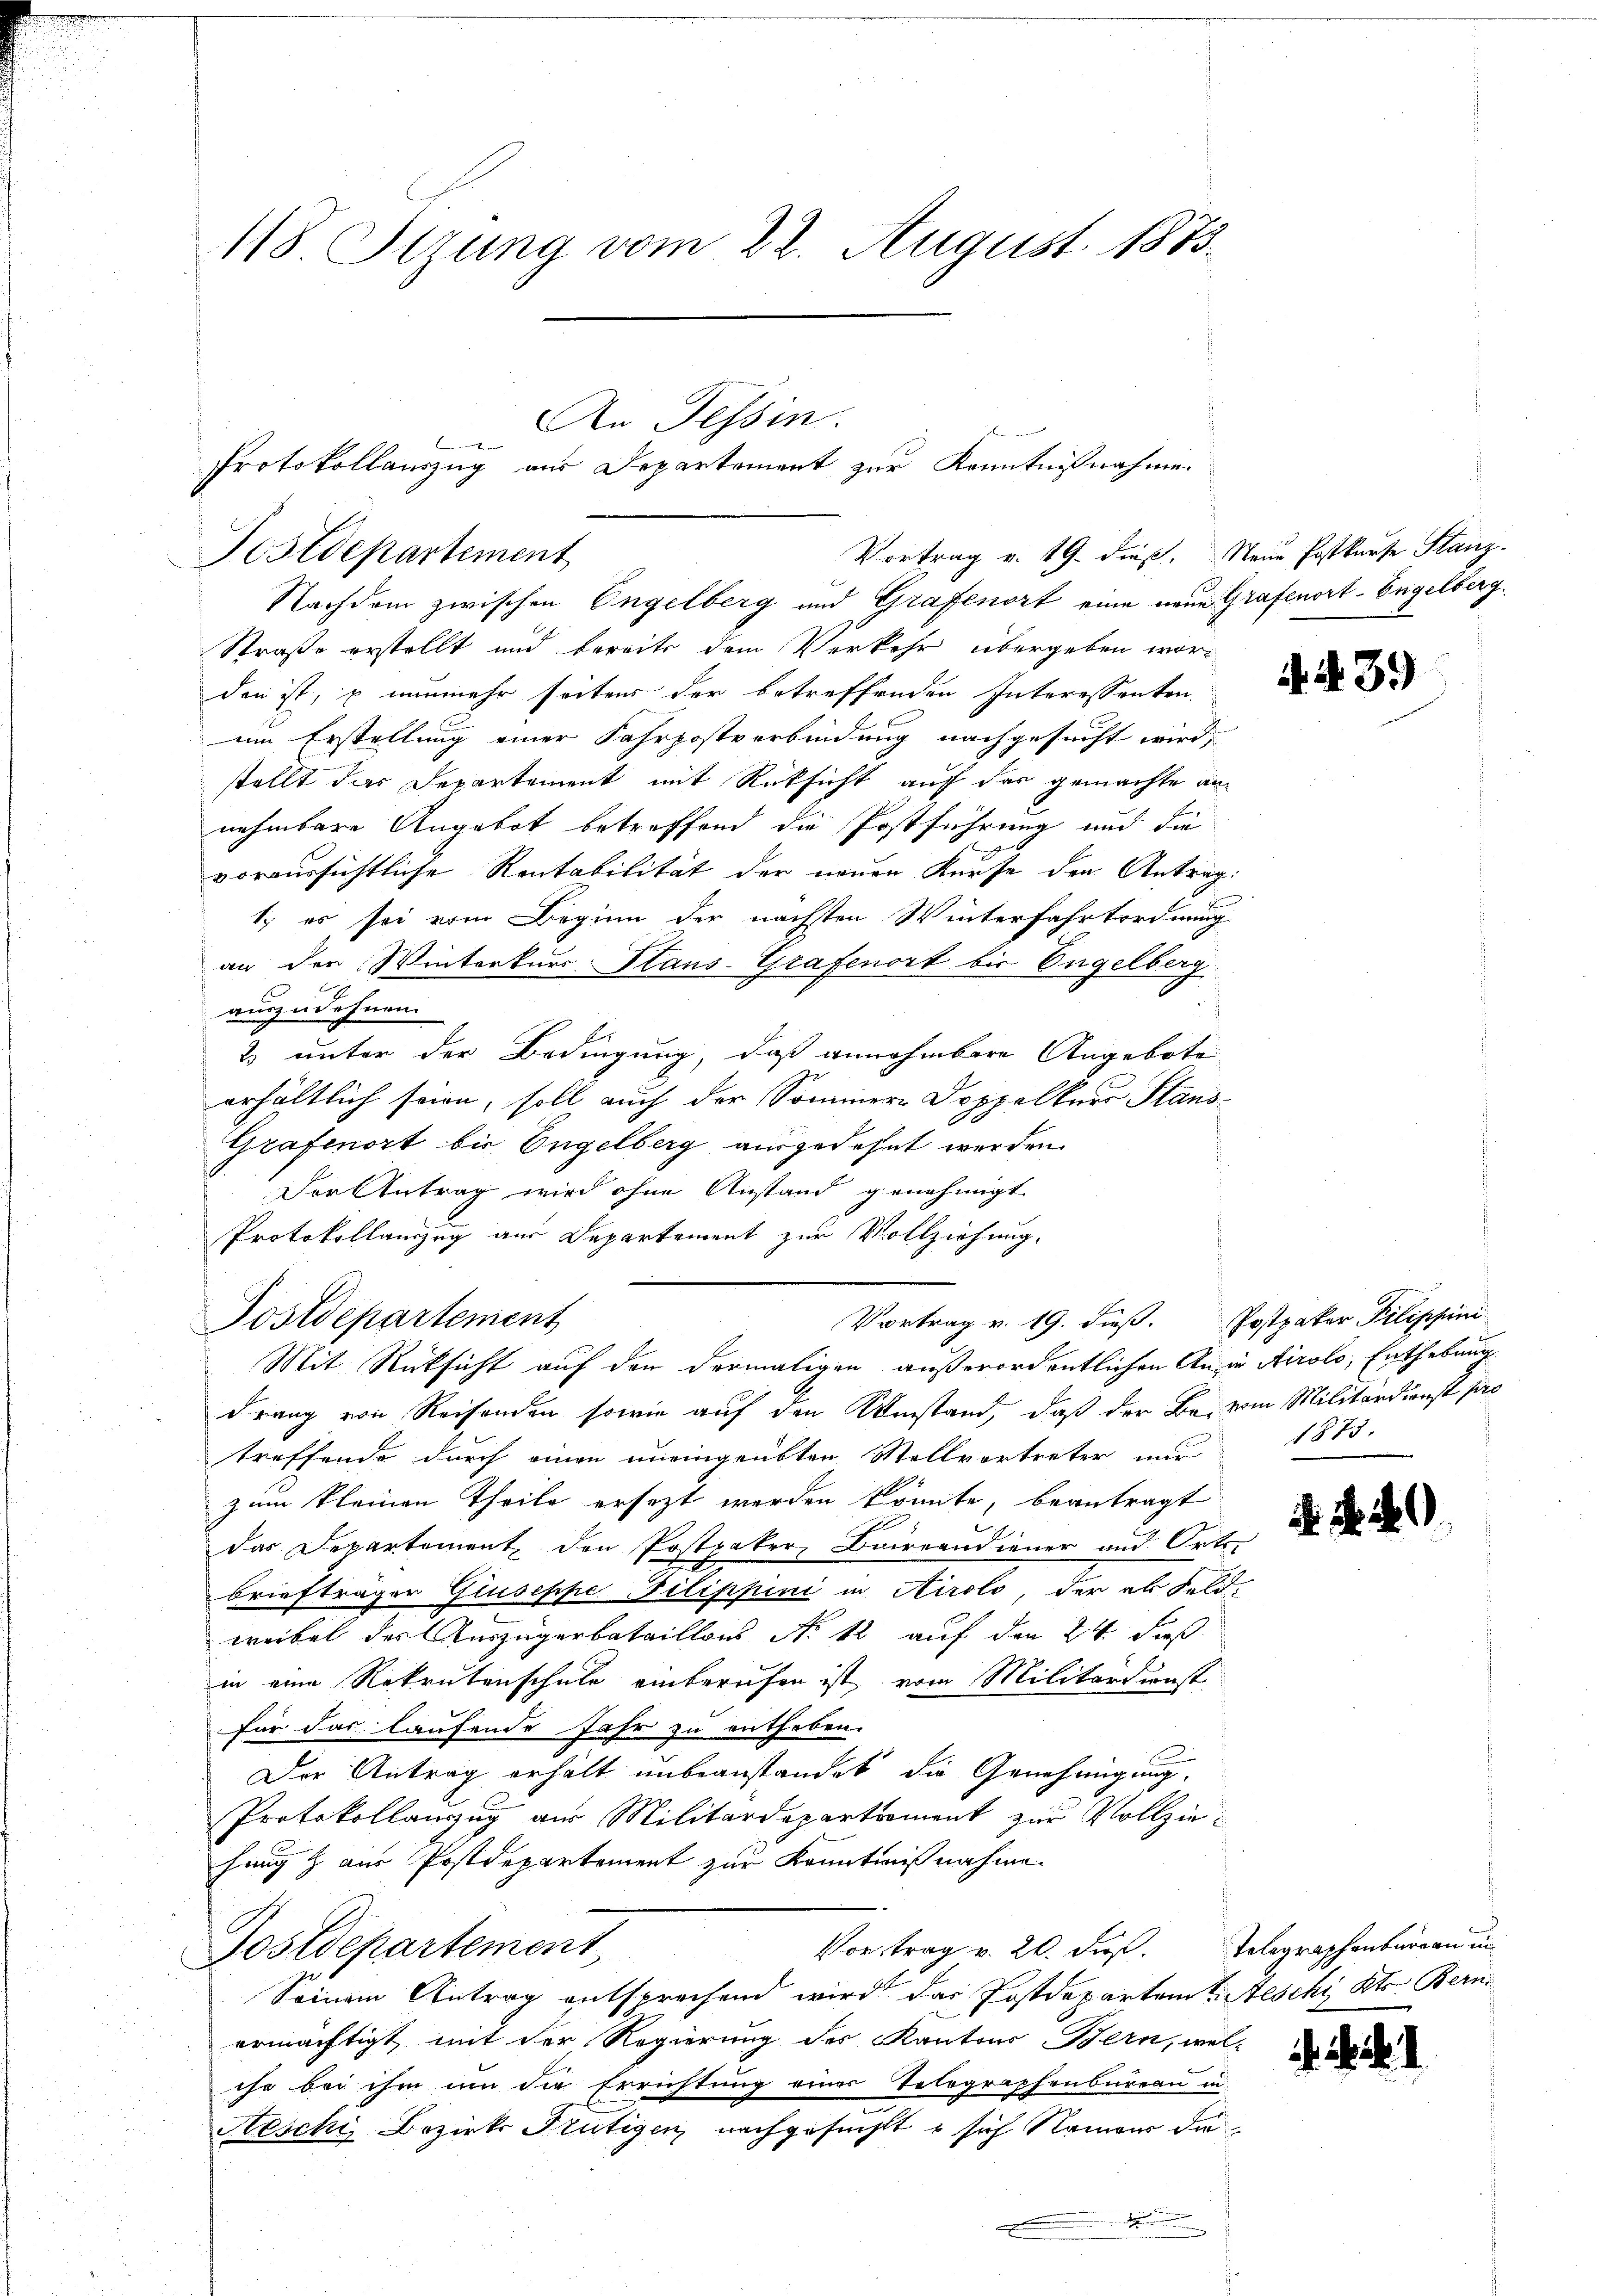
118 Stzung vom 22. August 1873.

Postdepartement
Nachdem zwischen Engelberg und Grafenort eine neue Grafenort-Engelberg.
Straße erstellt und bereits dem Verkehr übergeben worden ist, p nunmehr seitens der betreffenden Interessenten.
im Erstellung einer Fahrpostverbindung nachgesucht wird,
stellt das Departement mit Rücksicht auf das gemachte annehmbare Angebot betreffend die Postführung und die
voraussichtliche Rentabilität der neuen Kurse den Antrag:
1.) es sei vom Beginn der nächsten Winterfahrtordnung
an der Winterkurs Plans-Grafenort bis Engelberg
auszudehnen.
2) unter der Bedingung, daß annehmbare Angebote
erhältlich sein, soll auch der Sommer Doppelkurs Stand
Grafenort bis Engelberg ausgedehnt werden.
Der Antrag wird ohne Anstand genehmigt.
Protokollanzug aus Departement zur Vollziehung.
Mit Rücksicht auf den dermaligen außerordentlichen Ansin Airolo, Enthebung
drang von Reisenden sowie auf den Umstand, daß der Be- vom Militärdienst pas
treffende durch einen uneingeübten Stellvertreter nur
zum kleinen Theile ersezt werden könnte, beantragt
das Departement den Postpaker, Bairrandiener und Orte
briefträger Giuseppe Filippini in Airolo, der als Feldweibet der Auszugerbataillons No 12 auf den 24. Fuß.
in eine Rekrutenschule einberufen ist vom Militärdienst
für das laufende Jahr zu entheben.
Der Antrag erhält unbeanstandet die Genehmigung.
Protokollauszug aus Militärdepartement zur Vollziehung & aus Postdepartement zur Kenntnißnahme.
Vortrag v. 20. dieß. Telegraphenbureau in
Postdepartement
Seinem Antrag entsprechend wird das Postdepartem Aeschi Kts. Bern
ermächtigt mit der Regierung des Kantons Bern, wel-
ihr bei ihm um die Errichtung einer Telegraphenbureau in
Neschi, Bezirks Stütigen nachgesucht sich Namer die
.

Postdepartement

An Tessin.
Protokollauszug aus Departement zur Kenntnißnahmen

Vortrag v. 19. dieß. Neue Postkarte Stanz

Vortrag v. 19. dieß. Postpaker Filippini

439)

1875.